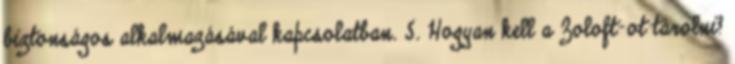
biztonságos alkalmazásával kapcsolatban. 5. Hogyan kell a Zoloft-ot tárolni?